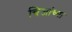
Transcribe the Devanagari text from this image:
चिजांच्या